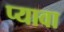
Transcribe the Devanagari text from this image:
प्यावा